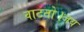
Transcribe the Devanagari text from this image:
वाटतो।जय